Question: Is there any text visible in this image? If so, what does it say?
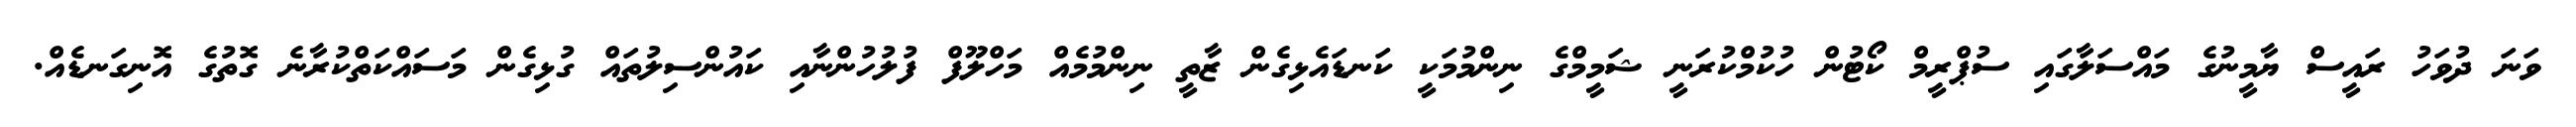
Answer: ވަނަ ދުވަހު ރައީސް ޔާމީނުގެ މައްސަލާގައި ސުޕްރީމް ކޯޓުން ހުކުމްކުރަނީ ޝަމީމްގެ ނިންމުމަކީ ކަނޑައެޅިގެން ޒާތީ ނިންމުމެއް މަހްލޫފް ފުލުހުންނާއި ކައުންސިލުތައް ގުޅިގެން މަސައްކަތްކުރާނެ ގޮތުގެ އޮނިގަނޑެއް.